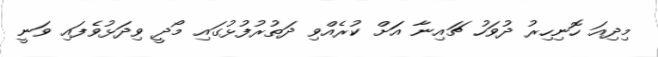
މިދިއަ ހޮނިހިރު ދުވަހު ޗައިނާ އަަށް ކުރެއްވި ދަތުރުފުޅުގައި މޯދީ ވިދަޅުވެފައި ވަނީ